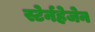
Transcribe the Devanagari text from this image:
स्टेर्नहेजेन